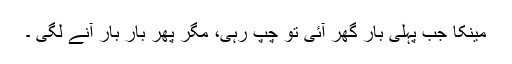
مینکا جب پہلی بار گھر آئی تو چپ رہی، مگر پھر بار بار آنے لگی ۔